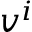
v ^ { i }